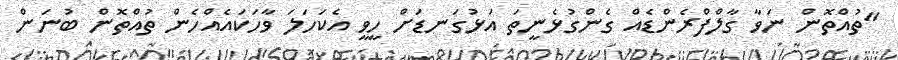
"ތުއްތޮން ނަވާ ގާލްފްރެންޑެއް ގެންގުޅެނީތަ އަޅުގަނޑަށް ހީވީ އެކަހަލަ ވާހަކައެއްހެން ތުއްތޮން ބުނަން